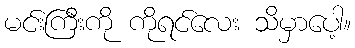
မင်းကြီးကို ကိုရင်လေး သိမှာပေါ့။